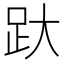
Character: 𰸂